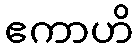
ဧကာဟိ